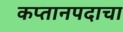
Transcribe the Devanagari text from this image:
कप्तानपदाचा